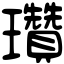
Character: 瓚